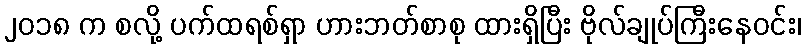
၂၀၁၈ က စလို့ ပက်ထရစ်ရှာ ဟားဘတ်စာစု ထားရှိပြီး ဗိုလ်ချုပ်ကြီးနေဝင်း၊